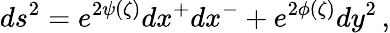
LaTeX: ds^{2}=e^{2\psi(\zeta)}dx^{+}dx^{-}+e^{2\phi(\zeta)}dy^{2}\, ,